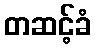
တဆင့်ခံ